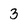
Character: 3